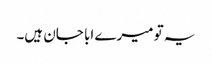
یہ تو میرے ابا جان ہیں۔